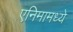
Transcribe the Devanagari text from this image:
एनिमामध्ये